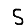
Digit: 5